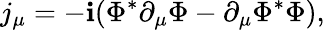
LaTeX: j_{\mu}=-\mathbf{i}(\Phi^{*}\partial_{\mu}\Phi-\partial_{\mu}\Phi^{*}\Phi),